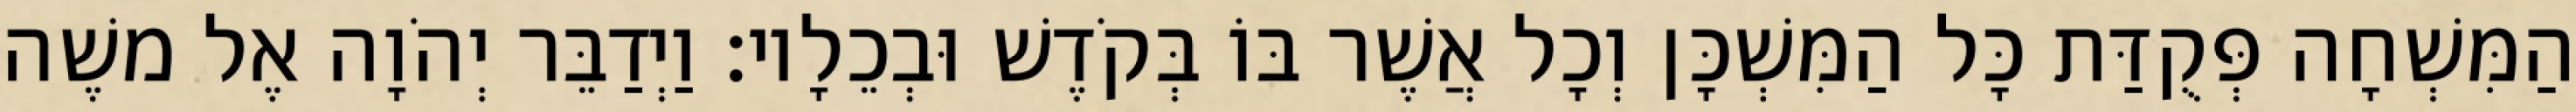
הַמִּשְׁחָה פְּקֻדַּת כָּל הַמִּשְׁכָּן וְכָל אֲשֶׁר בּוֹ בְּקֹדֶשׁ וּבְכֵלָיו׃ וַיְדַבֵּר יְהֹוָה אֶל משֶׁה